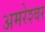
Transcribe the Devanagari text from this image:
अमरेश्‍वर